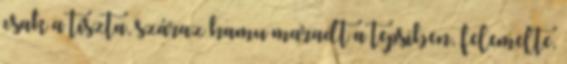
csak a tiszta, száraz hamu maradt a tepsiben, felemelte,